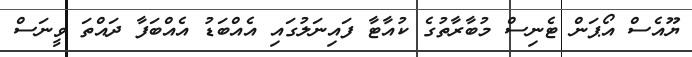
ޔޫއެސް އޯޕަން ޓެނިސް މުބާރާތުގެ ކުއާޓާ ފައިނަލުގައި އެއްބަޑު އެއްބަފާ ދައްތަ ވީނަސް